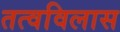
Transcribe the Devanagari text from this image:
तत्वविलास